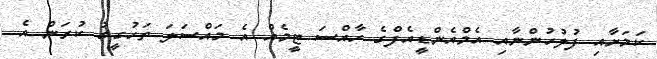
ކަމަށާއި ފުލުހުންނާއި އެމްއެންޑީއެފްގެ ހާއްސަ ޓީމެއް އެ މައްސަލަ ތަހުގީގު ކުރަން އެ